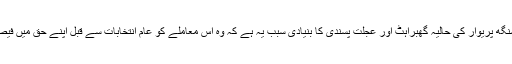
ایودھیا تنازع پر سنگھ پریوار کی حالیہ گھبراہٹ اور عجلت پسندی کا بنیادی سبب یہ ہے کہ وہ اس معاملے کو عام انتخابات سے قبل اپنے حق میں فیصل کرانا چاہتا ہے۔